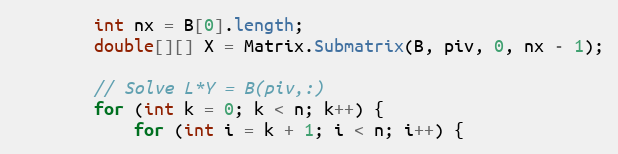
Language: Java
        int nx = B[0].length;
        double[][] X = Matrix.Submatrix(B, piv, 0, nx - 1);

        // Solve L*Y = B(piv,:)
        for (int k = 0; k < n; k++) {
            for (int i = k + 1; i < n; i++) {